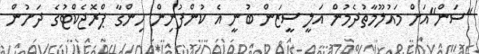
"ސަން"އަށް މައުލޫމާތުދެމުން އަލީ ސީޒަން ބުނީ އެ ކުންފުނިން ހިންގާ ޕްރޮޖެކްޓުގެ ދަށުން